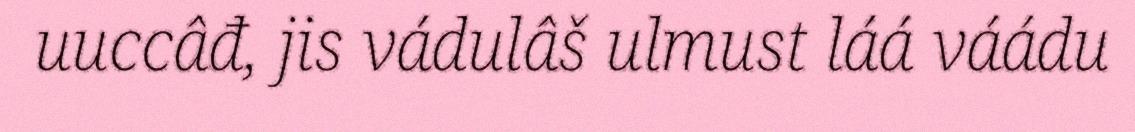
uuccâđ, jis vádulâš ulmust láá váádu